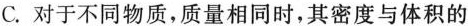
C.对于不同物质，质量相同时，其密度与体积的